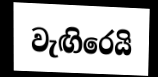
වැඟිරෙයි